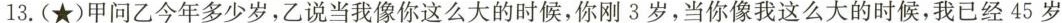
13. (★)甲问乙今年多少岁，乙说当我像你这么大的时候，你刚 3 岁，当你像我这么大的时候，我已经 45 岁